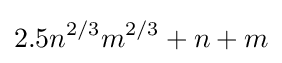
2.5n^{2/3}m^{2/3}+n+m